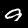
Digit: 9